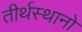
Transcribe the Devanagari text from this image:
तीर्थस्थानो